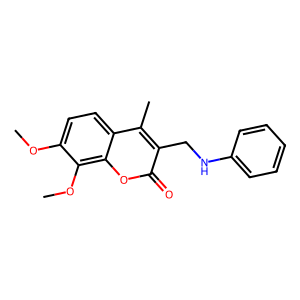
SMILES: COc1ccc2c(C)c(CNc3ccccc3)c(=O)oc2c1OC
Inhibits HIV replication: No